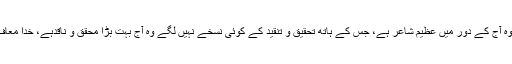
کیا یہ غور و فکر کا مقام نہیں، جسے بحر کی خبر تک نہیں وہ آج کے دَور میں عظیم شاعر ہے، جس کے ہاتھ تحقیق و تنقید کے کوئی نسخے نہیں لگے وہ آج بہت بڑا محقق و ناقدہے، خدا معاف کرے یہ تمام کے تمام فرضی ہیں، فرضی ہیں، فرضی ہیں۔